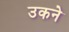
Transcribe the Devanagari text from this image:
उकने